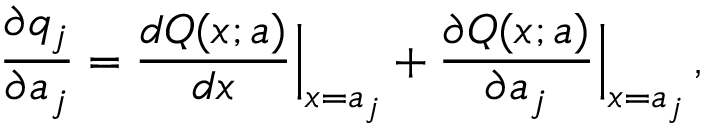
{ \frac { \partial q _ { j } } { \partial a _ { j } } } = { \frac { d Q ( x ; a ) } { d x } } \Bigr \vert _ { x = a _ { j } } + { \frac { \partial Q ( x ; a ) } { \partial a _ { j } } } \Bigr \vert _ { x = a _ { j } } \, ,